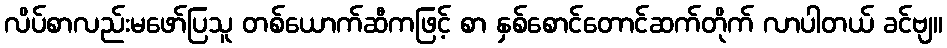
လိပ်စာလည်းမဖော်ပြသူ တစ်ယောက်ဆီကဖြင့် စာ နှစ်စောင်တောင်ဆက်တိုက် လာပါတယ် ခင်ဗျ။